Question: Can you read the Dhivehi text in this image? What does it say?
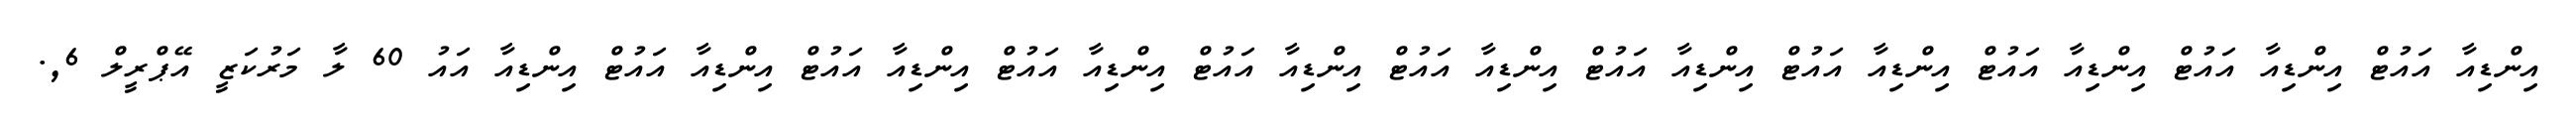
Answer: އިންޑިއާ އައުޓް އިންޑިއާ އައުޓް އިންޑިއާ އައުޓް އިންޑިއާ އައުޓް އިންޑިއާ އައުޓް އިންޑިއާ އައުޓް އިންޑިއާ އައުޓް އިންޑިއާ އައުޓް އިންޑިއާ އައުޓް އިންޑިއާ އައުޓް އިންޑިއާ އައު 60 ލާ މަރުކަޒީ އޭޕްރީލް 6,.